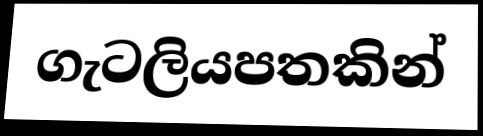
ගැටලියපතකින්